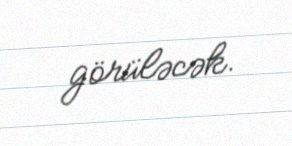
görüləcək.